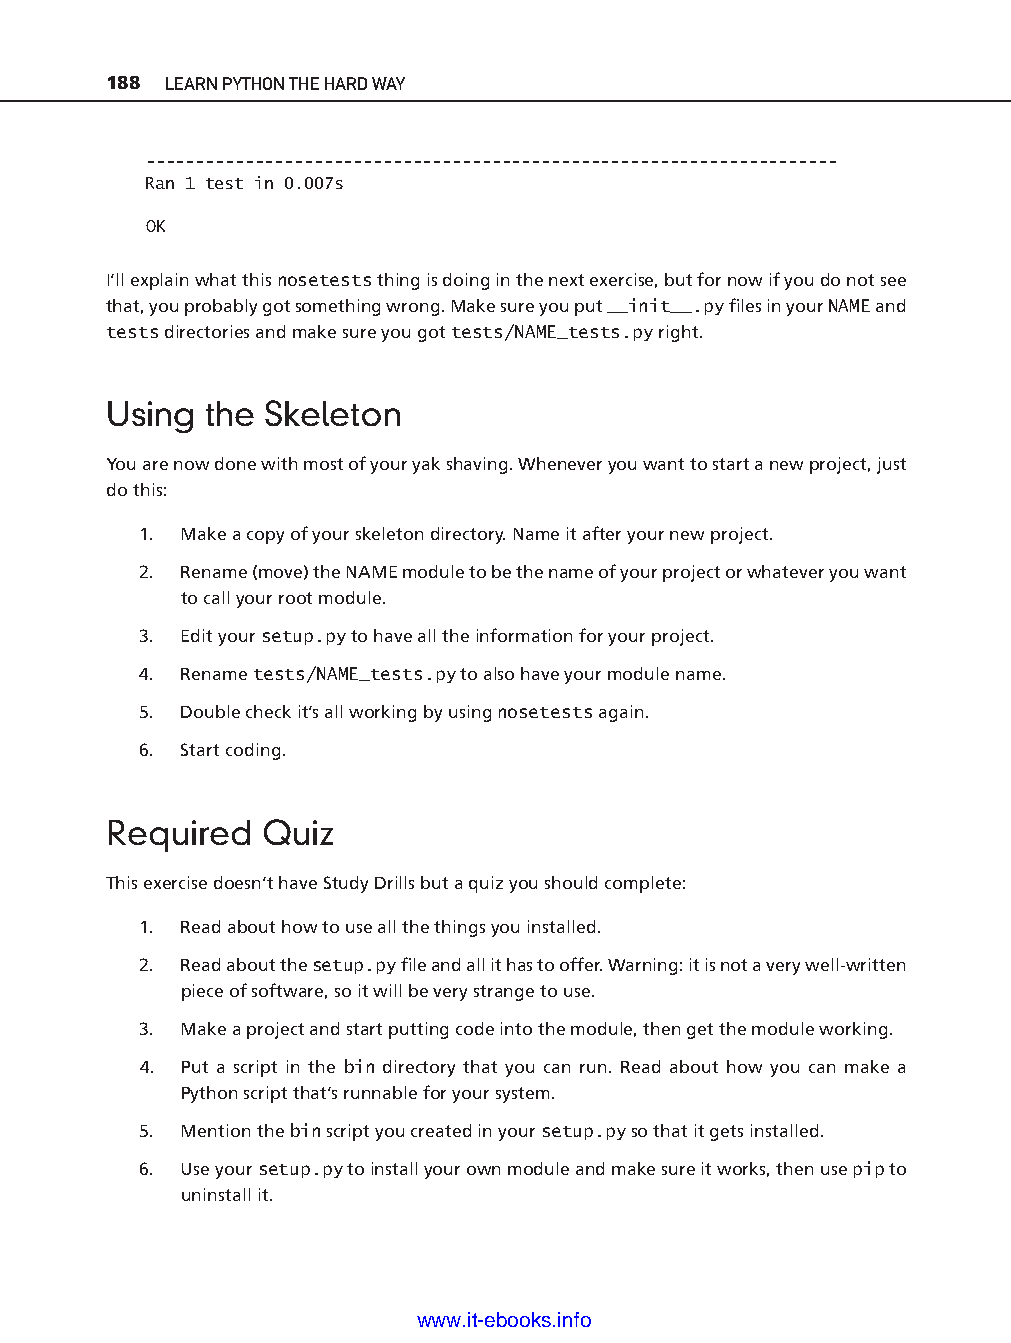
188 LEARN PYTHON THE HARD WAY
 -- - -- - - - - -- - - - - - - - - - - - - - - - - - - -- - - - - - - - -- - - - - - - - -- - -- - - - - - -- - - - - - - -- - - -
 Ran 1 test in 0.007s
 OK
 I’ll explain what this nosetests thing is doing in the next exercise, but for now if you do not see
 that, you probably got something wrong. Make sure you put __init__.py fi les in your NAME and
 tests directories and make sure you got tests/NAME_tests.py right.
 Using  the Skeleton
 You are now done with most of your yak shaving. Whenever you want to start a new project, just
 do this:
 1. Make a copy of your skeleton directory. Name it after your new project.
 2. Rename (move) the NAME module to be the name of your project or whatever you want
 to call your root module.
 3. Edit your setup.py to have all the information for your project.
 4. Rename tests/NAME_tests.py to also have your module name.                   ptg11539604
 5. Double check it’s all working by using nosetests again.
 6. Start coding.
 Required  Quiz
 This exercise doesn’t have Study Drills but a quiz you should complete:
 1. Read about how to use all the things you installed.
 2. Read about the setup.py fi le and all it has to offer. Warning: it is not a very well-w ritten
 piece of software, so it will be very strange to use.
 3. Make a project and start putting code into the module, then get the module working.
 4. Put a script in the bin directory that you can run. Read about how you can make a
 Python script that’s runnable for your system.
 5. Mention the bin script you created in your setup.py so that it gets installed.
 6. Use your setup.py to install your own module and make sure it works, then use pip to
 uninstall it.
 www.it-ebooks.info